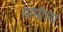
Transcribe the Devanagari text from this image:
सामीच्या